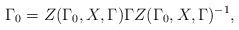
LaTeX: \begin{align*}\Gamma _{0}=Z(\Gamma _{0},X,\Gamma )\Gamma Z(\Gamma _{0},X,\Gamma )^{-1},\end{align*}